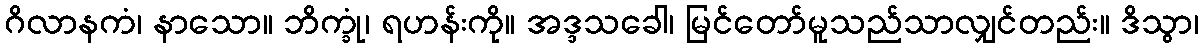
ဂိလာနကံ၊ နာသော။ ဘိက္ခုံ၊ ရဟန်းကို။ အဒ္ဒသခေါ၊ မြင်တော်မူသည်သာလျှင်တည်း။ ဒိသွာ၊